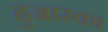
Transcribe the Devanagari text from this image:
हुआस्का